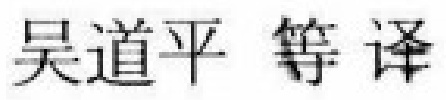
吴道平 等译